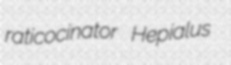
raticocinator Hepialus